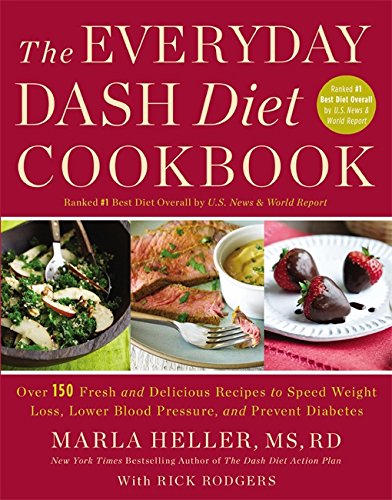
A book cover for The Everyday DASH Diet Cookbook: Over 150 Fresh and Delicious Recipes to Speed Weight Loss, Lower Blood Pressure, and Prevent Diabetes (A DASH Diet Book); Marla Heller; Cookbooks, Food & Wine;